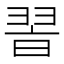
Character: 𦐮